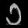
Digit: ၁